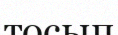
тосып